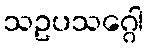
သဥပသဂ္ဂေါ